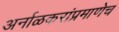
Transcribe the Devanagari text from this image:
अर्नाळकरांप्रमाणेच